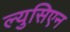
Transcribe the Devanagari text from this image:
ल्युसिएन